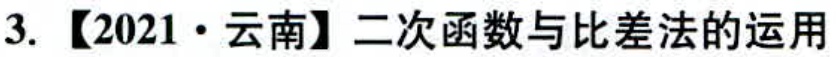
3. 【2021·云南】二次函数与比差法的运用